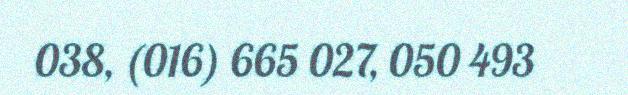
038, (016) 665 027, 050 493